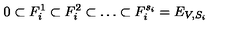
0 \subset F _ { i } ^ { 1 } \subset F _ { i } ^ { 2 } \subset \dots \subset F _ { i } ^ { s _ { i } } = E _ { V , S _ { i } }